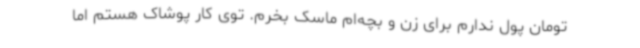
تومان پول ندارم برای زن و بچه‌ام ماسک بخرم. توی کار پوشاک هستم اما